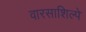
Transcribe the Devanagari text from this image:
वारसाशिल्पे